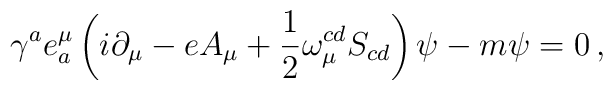
{\gamma}^a e_a^\mu\left (i\partial_\mu-eA_\mu+\frac{1}{2}\omega_\mu^{cd}S_{cd}\right )\psi -m\psi =0\, ,